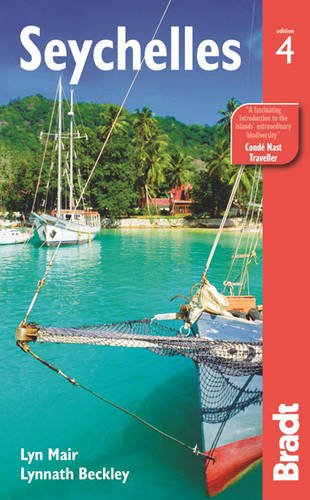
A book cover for Seychelles (Bradt Travel Guide); Lyn Mair; Travel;